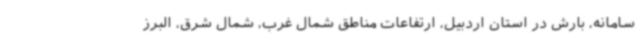
سامانه، بارش در استان اردبیل، ارتفاعات مناطق شمال غرب، شمال شرق، البرز